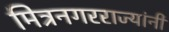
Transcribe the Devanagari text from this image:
मित्रनगरराज्यांनी